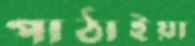
পাঠাইয়া